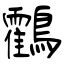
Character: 鸖